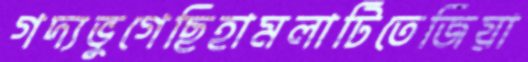
গদ্যভুগেছিহামলাটিতেজিয়া